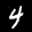
Label: 4